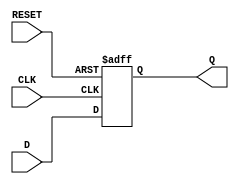
module dff (
    input D,      // Data input
    input CLK,    // Clock input
    input RESET,  // Asynchronous reset, active high
    output reg Q  // Output
);
    
    always @(posedge CLK or posedge RESET) 
    begin

        if(RESET == 1'b1)  Q <= 1'b0; 
        else Q <= D; 
    end

endmodule